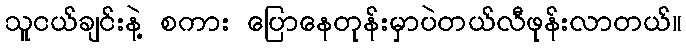
သူငယ်ချင်းနဲ့ စကား ပြောနေတုန်းမှာပဲတယ်လီဖုန်းလာတယ်။